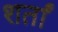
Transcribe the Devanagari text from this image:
शर्तां